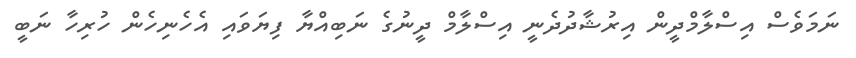
ނަމަވެސް އިސްލާމްދީން އިރުޝާދުދެނީ އިސްލާމް ދީނުގެ ނަބިއްޔާ ފިޔަވައި އެހެނިހެން ހުރިހާ ނަބީ